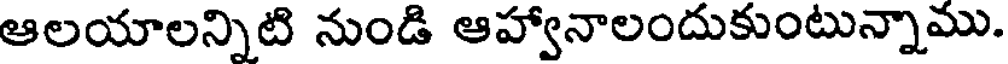
ఆలయాలన్నిటి నుండి ఆహ్వానాలందుకుంటున్నాము.